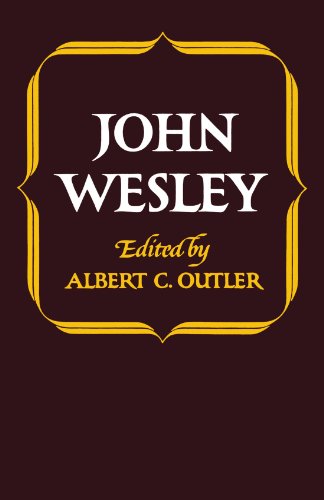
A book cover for John Wesley (Library of Protestant Thought); John Wesley; Christian Books & Bibles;